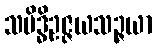
သမိဒ္ဓိဥဇ္ဇယသဉ္ဇယာ